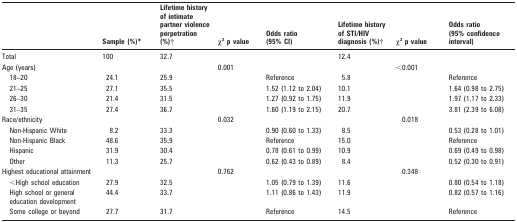
<table><thead><tr><td></td><td><b>Sample (%)*</b></td><td><b>Lifetime history of intimate partner violence perpetration (%)†</b></td><td><b>χ<sup>2</sup> p value</b></td><td><b>Odds ratio (95% CI)</b></td><td><b>Lifetime history of STI/HIV diagnosis (%)†</b></td><td><b>χ<sup>2</sup> p value</b></td><td><b>Odds ratio (95% confidence interval)</b></td></tr></thead><tbody><tr><td>Total</td><td>100</td><td>32.7</td><td></td><td></td><td>12.4</td><td></td><td></td></tr><tr><td>Age (years)</td><td></td><td></td><td>0.001</td><td></td><td></td><td>&lt;0.001</td><td></td></tr><tr><td>18–20</td><td>24.1</td><td>25.9</td><td></td><td>Reference</td><td>5.8</td><td></td><td>Reference</td></tr><tr><td>21–25</td><td>27.1</td><td>35.5</td><td></td><td>1.52 (1.12 to 2.04)</td><td>10.1</td><td></td><td>1.64 (0.98 to 2.75)</td></tr><tr><td>26–30</td><td>21.4</td><td>31.5</td><td></td><td>1.27 (0.92 to 1.75)</td><td>11.9</td><td></td><td>1.97 (1.17 to 2.33)</td></tr><tr><td>31–35</td><td>27.4</td><td>36.7</td><td></td><td>1.60 (1.19 to 2.15)</td><td>20.7</td><td></td><td>3.81 (2.39 to 6.08)</td></tr><tr><td>Race/ethnicity</td><td></td><td></td><td>0.032</td><td></td><td></td><td>0.018</td><td></td></tr><tr><td>Non-Hispanic White</td><td>8.2</td><td>33.3</td><td></td><td>0.90 (0.60 to 1.33)</td><td>8.5</td><td></td><td>0.53 (0.28 to 1.01)</td></tr><tr><td>Non-Hispanic Black</td><td>48.6</td><td>35.9</td><td></td><td>Reference</td><td>15.0</td><td></td><td>Reference</td></tr><tr><td>Hispanic</td><td>31.9</td><td>30.4</td><td></td><td>0.78 (0.61 to 0.99)</td><td>10.9</td><td></td><td>0.69 (0.49 to 0.98)</td></tr><tr><td>Other</td><td>11.3</td><td>25.7</td><td></td><td>0.62 (0.43 to 0.89)</td><td>8.4</td><td></td><td>0.52 (0.30 to 0.91)</td></tr><tr><td>Highest educational attainment</td><td></td><td></td><td>0.762</td><td></td><td></td><td>0.348</td><td></td></tr><tr><td>&lt;High school education</td><td>27.9</td><td>32.5</td><td></td><td>1.05 (0.79 to 1.39)</td><td>11.6</td><td></td><td>0.80 (0.54 to 1.18)</td></tr><tr><td>High school or general education development</td><td>44.4</td><td>33.7</td><td></td><td>1.11 (0.86 to 1.43)</td><td>11.9</td><td></td><td>0.82 (0.57 to 1.16)</td></tr><tr><td>Some college or beyond</td><td>27.7</td><td>31.7</td><td></td><td>Reference</td><td>14.5</td><td></td><td>Reference</td></tr></tbody></table>